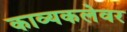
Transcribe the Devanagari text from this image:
काव्यकलेवर